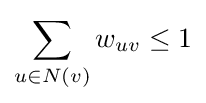
\sum _{u\in N(v)}w_{uv}\leq 1